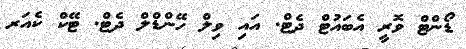
ޑޯންޓް ވޮރީ އެބައުޓް ދެޓް. އައި ވިލް ހޭންޑްލް ދެޓް. ޓޭކް ކެއަރ